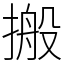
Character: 搬